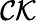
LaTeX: \mathcal{C}\mathcal{{K}}